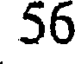
56